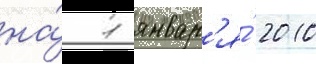
на́ 1 январ'я́ 2010